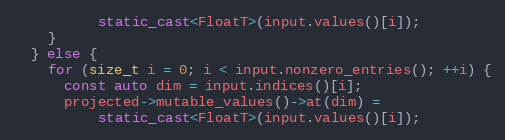
Language: C++
          static_cast<FloatT>(input.values()[i]);
    }
  } else {
    for (size_t i = 0; i < input.nonzero_entries(); ++i) {
      const auto dim = input.indices()[i];
      projected->mutable_values()->at(dim) =
          static_cast<FloatT>(input.values()[i]);